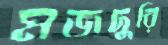
মজদুরি